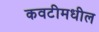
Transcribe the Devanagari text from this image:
कवटीमधील